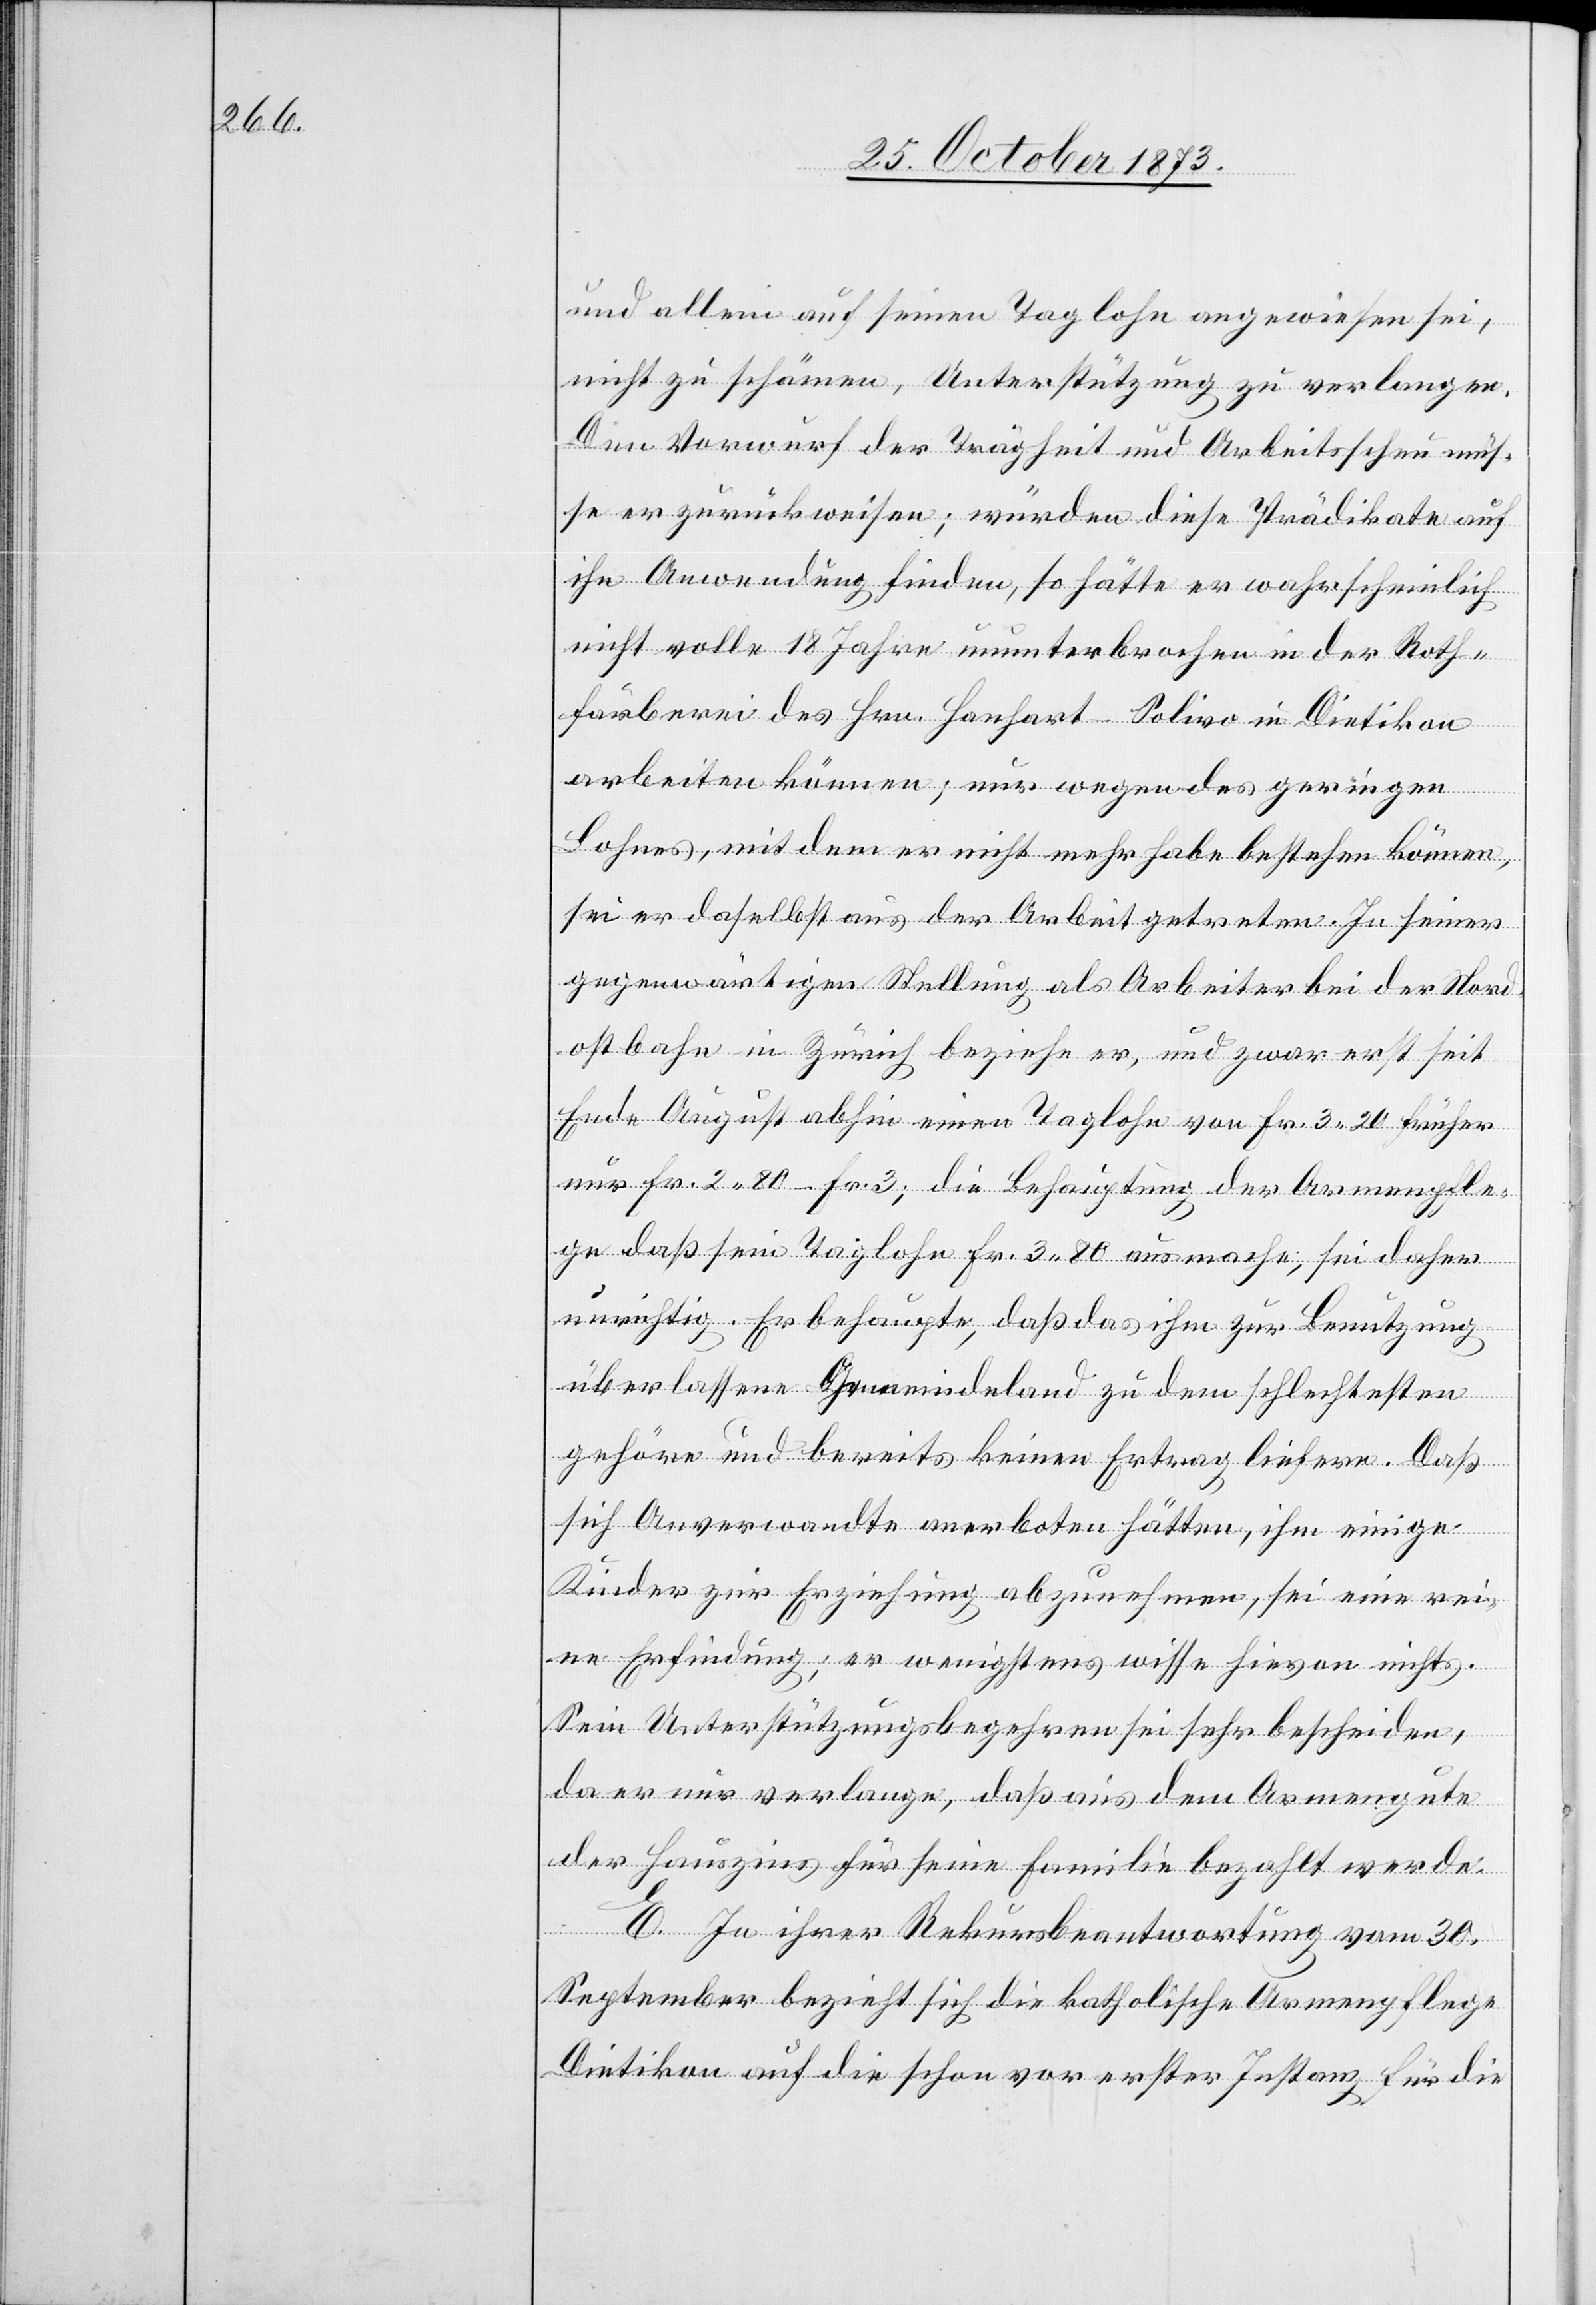
und allein auf seinen Taglohn angewiesen sei,
nicht zu schämen, Unterstützung zu verlangen.
Den Vorwurf der Trägheit und Arbeitsscheu müs¬
se er zurückweisen; würden diese Prädikate auf
ihn Anwendung finden, so hätte er wahrscheinlich
nicht volle 18 Jahre ununterbrochen in der Roth¬
färberei des Hrn. Hanhart-Solivo in Dietikon
arbeiten können; nur wegen des geringen
Lohnes, mit dem er nicht mehr habe bestehen können,
sei er daselbst aus der Arbeit getreten. In seiner
gegenwärtigen Stellung als Arbeiter bei der Nord¬
ostbahn in Zürich beziehe er, und zwar erst seit
Ende August abhin einen Taglohn von Fr. 3 20 früher
nur Fr. 2 80–Fr. 3; die Behauptung der Armenpfle¬
ge daß sein Taglohn Fr. 3 80 ausmache, sei daher
unrichtig. Er behaupte, daß das ihm zur Benutzung
überlassene Gemeindeland zu dem schlechtesten
gehöre und bereits keinen Ertrag liefere. Daß
sich Anverwandte anerboten hätten, ihm einige
Kinder zur Erziehung abzunehmen, sei eine rei¬
ne Erfindung; er wenigstens wisse hievon nichts.
Sein Unterstützungsbegehren sei sehr bescheiden,
da er nur verlange, daß aus dem Armengute
der Hauszins für seine Familie bezahlt werde.
E. In ihrer Rekursbeantwortung vom 30.
September bezieht sich die katholische Armenpflege
Dietikon auf die schon vor erster Instanz für die